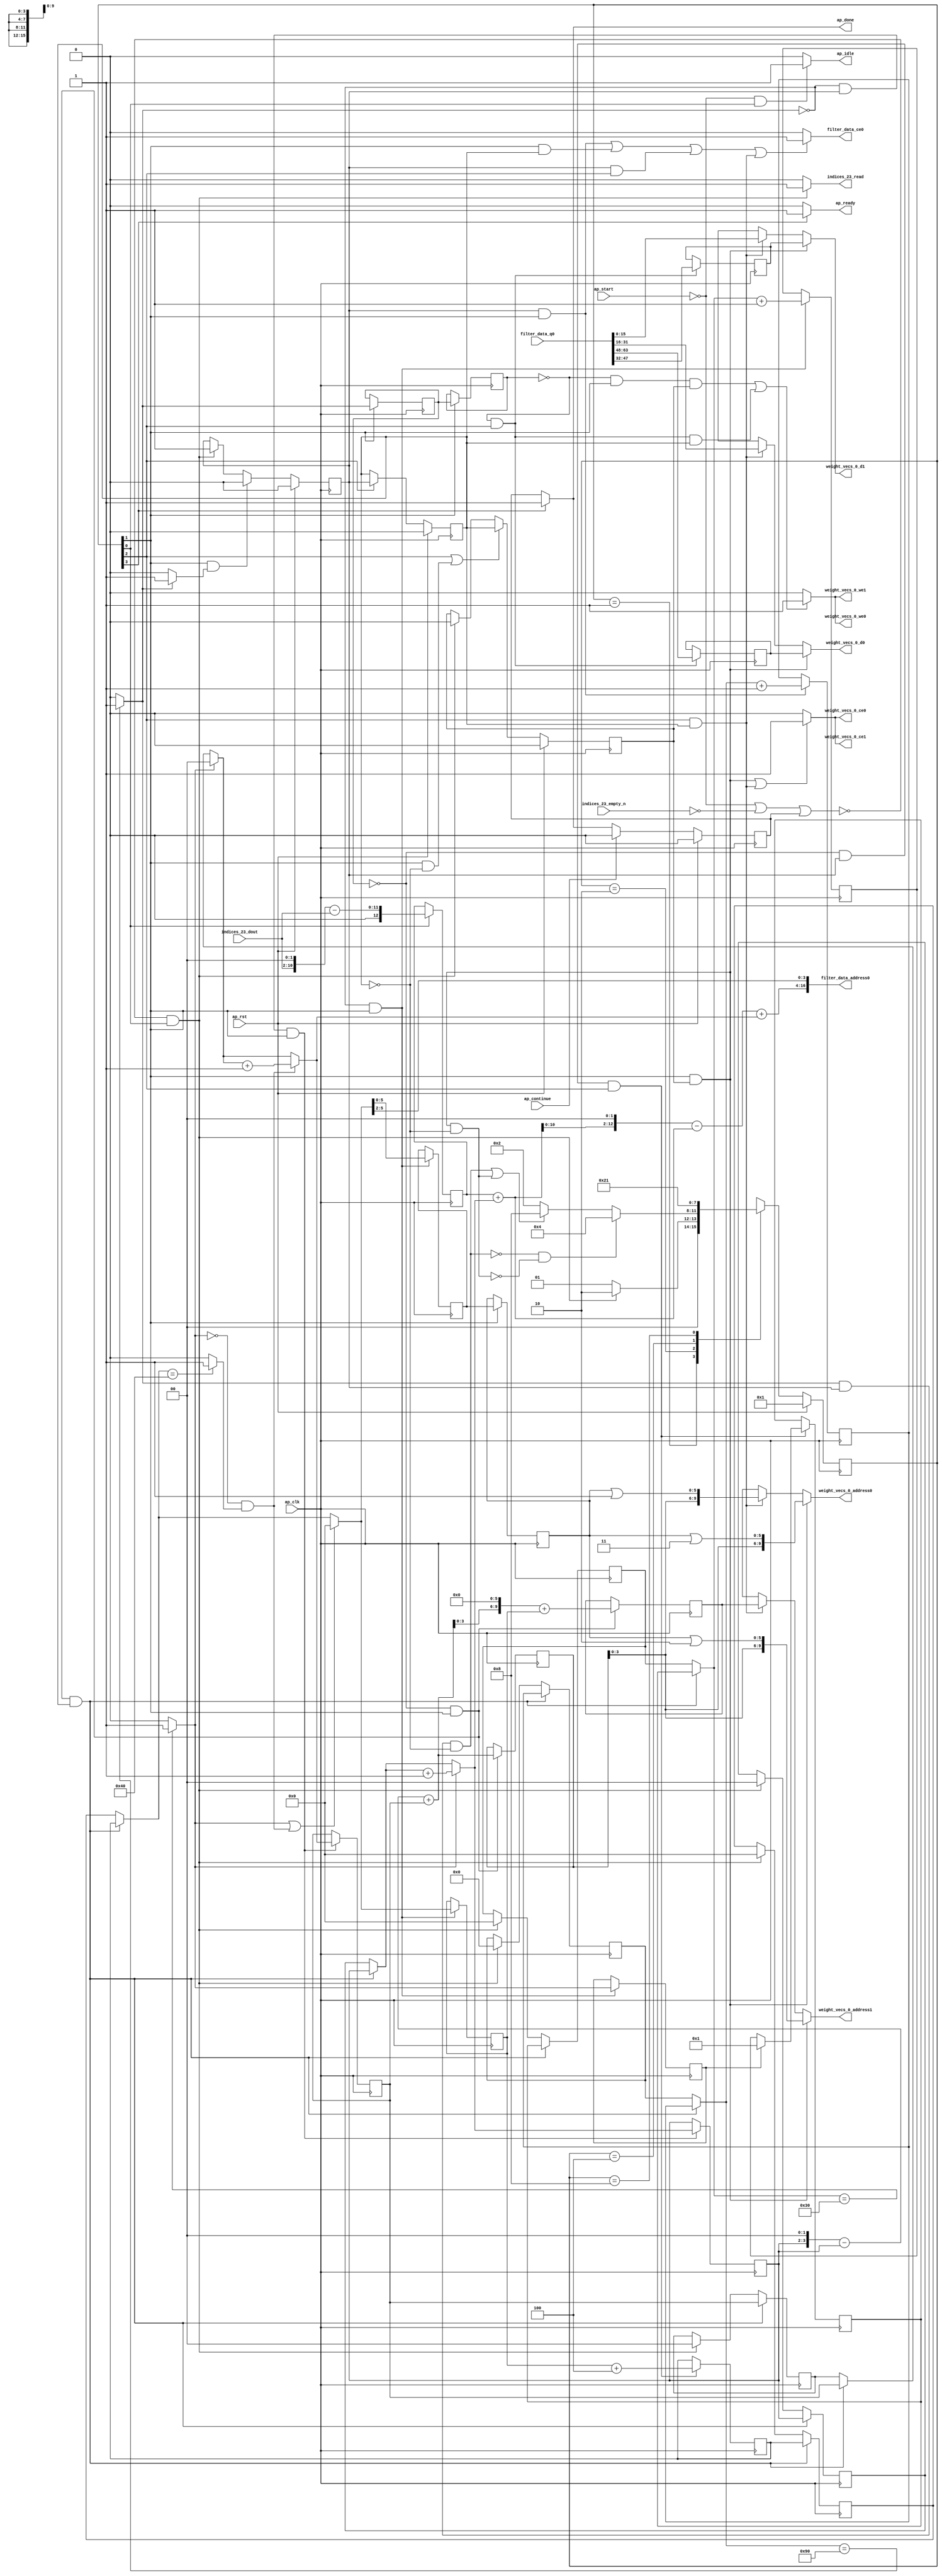
`define EXPONENT 5
`define MANTISSA 10
`define ACTUAL_MANTISSA 11
`define EXPONENT_LSB 10
`define EXPONENT_MSB 14
`define MANTISSA_LSB 0
`define MANTISSA_MSB 9
`define MANTISSA_MUL_SPLIT_LSB 3
`define MANTISSA_MUL_SPLIT_MSB 9
`define SIGN 1
`define SIGN_LOC 15
`define DWIDTH (`SIGN+`EXPONENT+`MANTISSA)
`define IEEE_COMPLIANCE 1

module td_fused_top_tdf11_readFilters74 (
        ap_clk,
        ap_rst,
        ap_start,
        ap_done,
        ap_continue,
        ap_idle,
        ap_ready,
        filter_data_address0,
        filter_data_ce0,
        filter_data_q0,
        indices_23_dout,
        indices_23_empty_n,
        indices_23_read,
        weight_vecs_0_address0,
        weight_vecs_0_ce0,
        weight_vecs_0_we0,
        weight_vecs_0_d0,
        weight_vecs_0_address1,
        weight_vecs_0_ce1,
        weight_vecs_0_we1,
        weight_vecs_0_d1
);

parameter    ap_ST_fsm_state1 = 4'd1;
parameter    ap_ST_fsm_pp0_stage0 = 4'd2;
parameter    ap_ST_fsm_pp0_stage1 = 4'd4;
parameter    ap_ST_fsm_state7 = 4'd8;

input   ap_clk;
input   ap_rst;
input   ap_start;
output   ap_done;
input   ap_continue;
output   ap_idle;
output   ap_ready;
output  [16:0] filter_data_address0;
output   filter_data_ce0;
input  [63:0] filter_data_q0;
input  [8:0] indices_23_dout;
input   indices_23_empty_n;
output   indices_23_read;
output  [9:0] weight_vecs_0_address0;
output   weight_vecs_0_ce0;
output   weight_vecs_0_we0;
output  [15:0] weight_vecs_0_d0;
output  [9:0] weight_vecs_0_address1;
output   weight_vecs_0_ce1;
output   weight_vecs_0_we1;
output  [15:0] weight_vecs_0_d1;

reg ap_done;
reg ap_idle;
reg ap_ready;
reg filter_data_ce0;
reg indices_23_read;
reg[9:0] weight_vecs_0_address0;
reg weight_vecs_0_ce0;
reg weight_vecs_0_we0;
reg[15:0] weight_vecs_0_d0;
reg[9:0] weight_vecs_0_address1;
reg weight_vecs_0_ce1;
reg weight_vecs_0_we1;
reg[15:0] weight_vecs_0_d1;

reg    ap_done_reg;
  reg   [3:0] ap_CS_fsm;
wire    ap_CS_fsm_state1;
reg    indices_23_blk_n;
reg   [7:0] indvar_flatten13_reg_174;
reg   [1:0] ii_reg_185;
reg   [6:0] indvar_flatten_reg_196;
reg   [1:0] jj_reg_207;
reg   [6:0] kk_0_i_i_reg_218;
wire   [12:0] sext_ln47_fu_251_p1;
reg   [12:0] sext_ln47_reg_583;
wire   [7:0] add_ln47_7_fu_255_p2;
reg   [7:0] add_ln47_7_reg_588;
wire    ap_CS_fsm_pp0_stage0;
reg    ap_enable_reg_pp0_iter0;
wire    ap_block_state2_pp0_stage0_iter0;
wire    ap_block_state4_pp0_stage0_iter1;
wire    ap_block_state6_pp0_stage0_iter2;
wire    ap_block_pp0_stage0_11001;
wire   [0:0] icmp_ln47_fu_261_p2;
reg   [0:0] icmp_ln47_reg_593;
reg   [0:0] icmp_ln47_reg_593_pp0_iter1_reg;
wire   [0:0] icmp_ln48_fu_273_p2;
reg   [0:0] icmp_ln48_reg_597;
wire   [1:0] select_ln47_7_fu_287_p3;
reg   [1:0] select_ln47_7_reg_602;
wire   [6:0] select_ln48_fu_356_p3;
reg   [6:0] select_ln48_reg_609;
wire   [1:0] select_ln48_13_fu_364_p3;
reg   [1:0] select_ln48_13_reg_615;
wire   [5:0] empty_138_fu_382_p1;
reg   [5:0] empty_138_reg_621;
reg   [5:0] empty_138_reg_621_pp0_iter1_reg;
wire   [6:0] add_ln48_7_fu_405_p2;
reg   [6:0] add_ln48_7_reg_633;
wire   [6:0] add_ln49_fu_411_p2;
reg   [6:0] add_ln49_reg_638;
wire    ap_CS_fsm_pp0_stage1;
wire    ap_block_state3_pp0_stage1_iter0;
wire    ap_block_state5_pp0_stage1_iter1;
wire    ap_block_pp0_stage1_11001;
wire   [6:0] select_ln48_14_fu_416_p3;
reg   [6:0] select_ln48_14_reg_643;
wire   [5:0] add_ln55_26_fu_449_p2;
reg   [5:0] add_ln55_26_reg_648;
wire   [9:0] add_ln55_27_fu_470_p2;
reg   [9:0] add_ln55_27_reg_655;
reg   [15:0] tmp_88_i_i_reg_660;
reg   [15:0] tmp_89_i_i_reg_665;
reg    ap_block_state1;
wire    ap_block_pp0_stage0_subdone;
reg    ap_condition_pp0_exit_iter0_state2;
reg    ap_enable_reg_pp0_iter1;
wire    ap_block_pp0_stage1_subdone;
reg    ap_enable_reg_pp0_iter2;
reg   [7:0] ap_phi_mux_indvar_flatten13_phi_fu_178_p4;
wire    ap_block_pp0_stage0;
reg   [1:0] ap_phi_mux_ii_phi_fu_189_p4;
reg   [6:0] ap_phi_mux_indvar_flatten_phi_fu_200_p4;
reg   [1:0] ap_phi_mux_jj_phi_fu_211_p4;
reg   [6:0] ap_phi_mux_kk_0_i_i_phi_fu_222_p4;
wire   [63:0] tmp_17_fu_396_p3;
wire   [63:0] zext_ln55_67_fu_476_p1;
wire    ap_block_pp0_stage1;
wire   [63:0] sext_ln55_3_fu_501_p1;
wire   [63:0] sext_ln55_4_fu_553_p1;
wire   [63:0] sext_ln55_5_fu_574_p1;
wire   [15:0] bitcast_ln55_fu_484_p1;
wire   [15:0] bitcast_ln55_1_fu_516_p1;
wire   [15:0] bitcast_ln55_2_fu_558_p1;
wire   [15:0] bitcast_ln55_3_fu_579_p1;
wire   [10:0] tmp_fu_233_p3;
wire   [11:0] zext_ln55_60_fu_241_p1;
wire   [11:0] zext_ln55_fu_229_p1;
wire   [11:0] sub_ln55_fu_245_p2;
wire   [1:0] add_ln47_fu_267_p2;
wire   [12:0] zext_ln55_62_fu_295_p1;
wire   [12:0] add_ln55_fu_299_p2;
wire   [14:0] tmp_56_fu_308_p3;
wire   [59:0] sext_ln55_2_fu_316_p1;
wire   [59:0] sext_ln55_fu_304_p1;
wire   [0:0] icmp_ln49_fu_332_p2;
wire   [0:0] xor_ln47_fu_326_p2;
wire   [1:0] select_ln47_fu_279_p3;
wire   [0:0] and_ln47_fu_338_p2;
wire   [0:0] or_ln48_fu_350_p2;
wire   [1:0] add_ln48_fu_344_p2;
wire   [59:0] sub_ln55_15_fu_320_p2;
wire   [59:0] zext_ln55_65_fu_372_p1;
wire   [59:0] add_ln55_25_fu_376_p2;
wire   [3:0] lshr_ln_fu_386_p4;
wire   [3:0] tmp_s_fu_425_p3;
wire   [4:0] zext_ln55_63_fu_432_p1;
wire   [4:0] zext_ln55_61_fu_422_p1;
wire   [4:0] sub_ln55_16_fu_436_p2;
wire   [5:0] sext_ln48_fu_442_p1;
wire   [5:0] zext_ln55_64_fu_446_p1;
wire   [3:0] trunc_ln55_fu_455_p1;
wire   [9:0] tmp_166_cast_fu_459_p3;
wire   [9:0] zext_ln55_66_fu_467_p1;
wire   [15:0] trunc_ln55_4_fu_480_p1;
wire   [5:0] or_ln49_fu_489_p2;
wire   [11:0] tmp_57_fu_494_p3;
wire   [15:0] tmp_87_i_i_fu_506_p4;
wire   [5:0] or_ln49_1_fu_541_p2;
wire   [11:0] tmp_58_fu_546_p3;
wire   [5:0] or_ln49_2_fu_562_p2;
wire   [11:0] tmp_59_fu_567_p3;
wire    ap_CS_fsm_state7;
reg   [3:0] ap_NS_fsm;
reg    ap_idle_pp0;
wire    ap_enable_pp0;
wire    ap_ce_reg;

// power-on initialization
initial begin
#0 ap_done_reg = 1'b0;
#0 ap_CS_fsm = 4'd1;
#0 ap_enable_reg_pp0_iter0 = 1'b0;
#0 ap_enable_reg_pp0_iter1 = 1'b0;
#0 ap_enable_reg_pp0_iter2 = 1'b0;
end

always @ (posedge ap_clk) begin
    if (ap_rst == 1'b1) begin
        ap_CS_fsm <= ap_ST_fsm_state1;
    end else begin
        ap_CS_fsm <= ap_NS_fsm;
    end
end

always @ (posedge ap_clk) begin
    if (ap_rst == 1'b1) begin
        ap_done_reg <= 1'b0;
    end else begin
        if ((ap_continue == 1'b1)) begin
            ap_done_reg <= 1'b0;
        end else if ((1'b1 == ap_CS_fsm_state7)) begin
            ap_done_reg <= 1'b1;
        end
    end
end

always @ (posedge ap_clk) begin
    if (ap_rst == 1'b1) begin
        ap_enable_reg_pp0_iter0 <= 1'b0;
    end else begin
        if (((1'b0 == ap_block_pp0_stage0_subdone) & (1'b1 == ap_CS_fsm_pp0_stage0) & (1'b1 == ap_condition_pp0_exit_iter0_state2))) begin
            ap_enable_reg_pp0_iter0 <= 1'b0;
        end else if ((~((ap_start == 1'b0) | (indices_23_empty_n == 1'b0) | (ap_done_reg == 1'b1)) & (1'b1 == ap_CS_fsm_state1))) begin
            ap_enable_reg_pp0_iter0 <= 1'b1;
        end
    end
end

always @ (posedge ap_clk) begin
    if (ap_rst == 1'b1) begin
        ap_enable_reg_pp0_iter1 <= 1'b0;
    end else begin
        if (((1'b0 == ap_block_pp0_stage1_subdone) & (1'b1 == ap_CS_fsm_pp0_stage1))) begin
            ap_enable_reg_pp0_iter1 <= ap_enable_reg_pp0_iter0;
        end
    end
end

always @ (posedge ap_clk) begin
    if (ap_rst == 1'b1) begin
        ap_enable_reg_pp0_iter2 <= 1'b0;
    end else begin
        if ((((1'b0 == ap_block_pp0_stage1_subdone) & (1'b1 == ap_CS_fsm_pp0_stage1)) | ((1'b0 == ap_block_pp0_stage0_subdone) & (1'b1 == ap_CS_fsm_pp0_stage0) & (ap_enable_reg_pp0_iter1 == 1'b0)))) begin
            ap_enable_reg_pp0_iter2 <= ap_enable_reg_pp0_iter1;
        end else if ((~((ap_start == 1'b0) | (indices_23_empty_n == 1'b0) | (ap_done_reg == 1'b1)) & (1'b1 == ap_CS_fsm_state1))) begin
            ap_enable_reg_pp0_iter2 <= 1'b0;
        end
    end
end

always @ (posedge ap_clk) begin
    if (((icmp_ln47_reg_593 == 1'd0) & (1'b0 == ap_block_pp0_stage0_11001) & (1'b1 == ap_CS_fsm_pp0_stage0) & (ap_enable_reg_pp0_iter1 == 1'b1))) begin
        ii_reg_185 <= select_ln47_7_reg_602;
    end else if ((~((ap_start == 1'b0) | (indices_23_empty_n == 1'b0) | (ap_done_reg == 1'b1)) & (1'b1 == ap_CS_fsm_state1))) begin
        ii_reg_185 <= 2'd0;
    end
end

always @ (posedge ap_clk) begin
    if (((icmp_ln47_reg_593 == 1'd0) & (1'b0 == ap_block_pp0_stage0_11001) & (1'b1 == ap_CS_fsm_pp0_stage0) & (ap_enable_reg_pp0_iter1 == 1'b1))) begin
        indvar_flatten13_reg_174 <= add_ln47_7_reg_588;
    end else if ((~((ap_start == 1'b0) | (indices_23_empty_n == 1'b0) | (ap_done_reg == 1'b1)) & (1'b1 == ap_CS_fsm_state1))) begin
        indvar_flatten13_reg_174 <= 8'd0;
    end
end

always @ (posedge ap_clk) begin
    if (((icmp_ln47_reg_593 == 1'd0) & (1'b0 == ap_block_pp0_stage0_11001) & (1'b1 == ap_CS_fsm_pp0_stage0) & (ap_enable_reg_pp0_iter1 == 1'b1))) begin
        indvar_flatten_reg_196 <= select_ln48_14_reg_643;
    end else if ((~((ap_start == 1'b0) | (indices_23_empty_n == 1'b0) | (ap_done_reg == 1'b1)) & (1'b1 == ap_CS_fsm_state1))) begin
        indvar_flatten_reg_196 <= 7'd0;
    end
end

always @ (posedge ap_clk) begin
    if (((icmp_ln47_reg_593 == 1'd0) & (1'b0 == ap_block_pp0_stage0_11001) & (1'b1 == ap_CS_fsm_pp0_stage0) & (ap_enable_reg_pp0_iter1 == 1'b1))) begin
        jj_reg_207 <= select_ln48_13_reg_615;
    end else if ((~((ap_start == 1'b0) | (indices_23_empty_n == 1'b0) | (ap_done_reg == 1'b1)) & (1'b1 == ap_CS_fsm_state1))) begin
        jj_reg_207 <= 2'd0;
    end
end

always @ (posedge ap_clk) begin
    if (((icmp_ln47_reg_593 == 1'd0) & (1'b0 == ap_block_pp0_stage0_11001) & (1'b1 == ap_CS_fsm_pp0_stage0) & (ap_enable_reg_pp0_iter1 == 1'b1))) begin
        kk_0_i_i_reg_218 <= add_ln49_reg_638;
    end else if ((~((ap_start == 1'b0) | (indices_23_empty_n == 1'b0) | (ap_done_reg == 1'b1)) & (1'b1 == ap_CS_fsm_state1))) begin
        kk_0_i_i_reg_218 <= 7'd0;
    end
end

always @ (posedge ap_clk) begin
    if (((1'b0 == ap_block_pp0_stage0_11001) & (ap_enable_reg_pp0_iter0 == 1'b1) & (1'b1 == ap_CS_fsm_pp0_stage0))) begin
        add_ln47_7_reg_588 <= add_ln47_7_fu_255_p2;
    end
end

always @ (posedge ap_clk) begin
    if (((icmp_ln47_fu_261_p2 == 1'd0) & (1'b0 == ap_block_pp0_stage0_11001) & (1'b1 == ap_CS_fsm_pp0_stage0))) begin
        add_ln48_7_reg_633 <= add_ln48_7_fu_405_p2;
        empty_138_reg_621 <= empty_138_fu_382_p1;
        icmp_ln48_reg_597 <= icmp_ln48_fu_273_p2;
        select_ln48_reg_609 <= select_ln48_fu_356_p3;
    end
end

always @ (posedge ap_clk) begin
    if (((icmp_ln47_reg_593 == 1'd0) & (1'b0 == ap_block_pp0_stage1_11001) & (ap_enable_reg_pp0_iter0 == 1'b1) & (1'b1 == ap_CS_fsm_pp0_stage1))) begin
        add_ln49_reg_638 <= add_ln49_fu_411_p2;
        select_ln48_14_reg_643 <= select_ln48_14_fu_416_p3;
    end
end

always @ (posedge ap_clk) begin
    if (((icmp_ln47_reg_593 == 1'd0) & (1'b0 == ap_block_pp0_stage0_11001) & (1'b1 == ap_CS_fsm_pp0_stage0))) begin
        add_ln55_26_reg_648 <= add_ln55_26_fu_449_p2;
        add_ln55_27_reg_655 <= add_ln55_27_fu_470_p2;
    end
end

always @ (posedge ap_clk) begin
    if (((1'b0 == ap_block_pp0_stage0_11001) & (1'b1 == ap_CS_fsm_pp0_stage0))) begin
        empty_138_reg_621_pp0_iter1_reg <= empty_138_reg_621;
        icmp_ln47_reg_593 <= icmp_ln47_fu_261_p2;
        icmp_ln47_reg_593_pp0_iter1_reg <= icmp_ln47_reg_593;
    end
end

always @ (posedge ap_clk) begin
    if (((icmp_ln47_fu_261_p2 == 1'd0) & (1'b0 == ap_block_pp0_stage0_11001) & (ap_enable_reg_pp0_iter0 == 1'b1) & (1'b1 == ap_CS_fsm_pp0_stage0))) begin
        select_ln47_7_reg_602 <= select_ln47_7_fu_287_p3;
        select_ln48_13_reg_615 <= select_ln48_13_fu_364_p3;
    end
end

always @ (posedge ap_clk) begin
    if ((1'b1 == ap_CS_fsm_state1)) begin
        sext_ln47_reg_583 <= sext_ln47_fu_251_p1;
    end
end

always @ (posedge ap_clk) begin
    if (((icmp_ln47_reg_593_pp0_iter1_reg == 1'd0) & (1'b0 == ap_block_pp0_stage1_11001) & (1'b1 == ap_CS_fsm_pp0_stage1))) begin
        tmp_88_i_i_reg_660 <= {{filter_data_q0[47:32]}};
        tmp_89_i_i_reg_665 <= {{filter_data_q0[63:48]}};
    end
end

always @ (*) begin
    if ((icmp_ln47_fu_261_p2 == 1'd1)) begin
        ap_condition_pp0_exit_iter0_state2 = 1'b1;
    end else begin
        ap_condition_pp0_exit_iter0_state2 = 1'b0;
    end
end

always @ (*) begin
    if ((1'b1 == ap_CS_fsm_state7)) begin
        ap_done = 1'b1;
    end else begin
        ap_done = ap_done_reg;
    end
end

always @ (*) begin
    if (((ap_start == 1'b0) & (1'b1 == ap_CS_fsm_state1))) begin
        ap_idle = 1'b1;
    end else begin
        ap_idle = 1'b0;
    end
end

always @ (*) begin
    if (((ap_enable_reg_pp0_iter0 == 1'b0) & (ap_enable_reg_pp0_iter2 == 1'b0) & (ap_enable_reg_pp0_iter1 == 1'b0))) begin
        ap_idle_pp0 = 1'b1;
    end else begin
        ap_idle_pp0 = 1'b0;
    end
end

always @ (*) begin
    if (((icmp_ln47_reg_593 == 1'd0) & (1'b0 == ap_block_pp0_stage0) & (1'b1 == ap_CS_fsm_pp0_stage0) & (ap_enable_reg_pp0_iter1 == 1'b1))) begin
        ap_phi_mux_ii_phi_fu_189_p4 = select_ln47_7_reg_602;
    end else begin
        ap_phi_mux_ii_phi_fu_189_p4 = ii_reg_185;
    end
end

always @ (*) begin
    if (((icmp_ln47_reg_593 == 1'd0) & (1'b0 == ap_block_pp0_stage0) & (1'b1 == ap_CS_fsm_pp0_stage0) & (ap_enable_reg_pp0_iter1 == 1'b1))) begin
        ap_phi_mux_indvar_flatten13_phi_fu_178_p4 = add_ln47_7_reg_588;
    end else begin
        ap_phi_mux_indvar_flatten13_phi_fu_178_p4 = indvar_flatten13_reg_174;
    end
end

always @ (*) begin
    if (((icmp_ln47_reg_593 == 1'd0) & (1'b0 == ap_block_pp0_stage0) & (1'b1 == ap_CS_fsm_pp0_stage0) & (ap_enable_reg_pp0_iter1 == 1'b1))) begin
        ap_phi_mux_indvar_flatten_phi_fu_200_p4 = select_ln48_14_reg_643;
    end else begin
        ap_phi_mux_indvar_flatten_phi_fu_200_p4 = indvar_flatten_reg_196;
    end
end

always @ (*) begin
    if (((icmp_ln47_reg_593 == 1'd0) & (1'b0 == ap_block_pp0_stage0) & (1'b1 == ap_CS_fsm_pp0_stage0) & (ap_enable_reg_pp0_iter1 == 1'b1))) begin
        ap_phi_mux_jj_phi_fu_211_p4 = select_ln48_13_reg_615;
    end else begin
        ap_phi_mux_jj_phi_fu_211_p4 = jj_reg_207;
    end
end

always @ (*) begin
    if (((icmp_ln47_reg_593 == 1'd0) & (1'b0 == ap_block_pp0_stage0) & (1'b1 == ap_CS_fsm_pp0_stage0) & (ap_enable_reg_pp0_iter1 == 1'b1))) begin
        ap_phi_mux_kk_0_i_i_phi_fu_222_p4 = add_ln49_reg_638;
    end else begin
        ap_phi_mux_kk_0_i_i_phi_fu_222_p4 = kk_0_i_i_reg_218;
    end
end

always @ (*) begin
    if ((1'b1 == ap_CS_fsm_state7)) begin
        ap_ready = 1'b1;
    end else begin
        ap_ready = 1'b0;
    end
end

always @ (*) begin
    if ((((1'b0 == ap_block_pp0_stage0_11001) & (ap_enable_reg_pp0_iter0 == 1'b1) & (1'b1 == ap_CS_fsm_pp0_stage0)) | ((1'b0 == ap_block_pp0_stage0_11001) & (1'b1 == ap_CS_fsm_pp0_stage0) & (ap_enable_reg_pp0_iter1 == 1'b1)) | ((1'b0 == ap_block_pp0_stage1_11001) & (ap_enable_reg_pp0_iter0 == 1'b1) & (1'b1 == ap_CS_fsm_pp0_stage1)) | ((1'b0 == ap_block_pp0_stage1_11001) & (1'b1 == ap_CS_fsm_pp0_stage1) & (ap_enable_reg_pp0_iter1 == 1'b1)))) begin
        filter_data_ce0 = 1'b1;
    end else begin
        filter_data_ce0 = 1'b0;
    end
end

always @ (*) begin
    if ((~((ap_start == 1'b0) | (ap_done_reg == 1'b1)) & (1'b1 == ap_CS_fsm_state1))) begin
        indices_23_blk_n = indices_23_empty_n;
    end else begin
        indices_23_blk_n = 1'b1;
    end
end

always @ (*) begin
    if ((~((ap_start == 1'b0) | (indices_23_empty_n == 1'b0) | (ap_done_reg == 1'b1)) & (1'b1 == ap_CS_fsm_state1))) begin
        indices_23_read = 1'b1;
    end else begin
        indices_23_read = 1'b0;
    end
end

always @ (*) begin
    if (((1'b0 == ap_block_pp0_stage0) & (1'b1 == ap_CS_fsm_pp0_stage0) & (ap_enable_reg_pp0_iter2 == 1'b1))) begin
        weight_vecs_0_address0 = sext_ln55_5_fu_574_p1;
    end else if (((1'b0 == ap_block_pp0_stage1) & (1'b1 == ap_CS_fsm_pp0_stage1) & (ap_enable_reg_pp0_iter1 == 1'b1))) begin
        weight_vecs_0_address0 = sext_ln55_3_fu_501_p1;
    end else begin
        weight_vecs_0_address0 = 'bx;
    end
end

always @ (*) begin
    if (((1'b0 == ap_block_pp0_stage0) & (1'b1 == ap_CS_fsm_pp0_stage0) & (ap_enable_reg_pp0_iter2 == 1'b1))) begin
        weight_vecs_0_address1 = sext_ln55_4_fu_553_p1;
    end else if (((1'b0 == ap_block_pp0_stage1) & (1'b1 == ap_CS_fsm_pp0_stage1) & (ap_enable_reg_pp0_iter1 == 1'b1))) begin
        weight_vecs_0_address1 = zext_ln55_67_fu_476_p1;
    end else begin
        weight_vecs_0_address1 = 'bx;
    end
end

always @ (*) begin
    if ((((1'b0 == ap_block_pp0_stage0_11001) & (1'b1 == ap_CS_fsm_pp0_stage0) & (ap_enable_reg_pp0_iter2 == 1'b1)) | ((1'b0 == ap_block_pp0_stage1_11001) & (1'b1 == ap_CS_fsm_pp0_stage1) & (ap_enable_reg_pp0_iter1 == 1'b1)))) begin
        weight_vecs_0_ce0 = 1'b1;
    end else begin
        weight_vecs_0_ce0 = 1'b0;
    end
end

always @ (*) begin
    if ((((1'b0 == ap_block_pp0_stage0_11001) & (1'b1 == ap_CS_fsm_pp0_stage0) & (ap_enable_reg_pp0_iter2 == 1'b1)) | ((1'b0 == ap_block_pp0_stage1_11001) & (1'b1 == ap_CS_fsm_pp0_stage1) & (ap_enable_reg_pp0_iter1 == 1'b1)))) begin
        weight_vecs_0_ce1 = 1'b1;
    end else begin
        weight_vecs_0_ce1 = 1'b0;
    end
end

always @ (*) begin
    if (((1'b0 == ap_block_pp0_stage0) & (1'b1 == ap_CS_fsm_pp0_stage0) & (ap_enable_reg_pp0_iter2 == 1'b1))) begin
        weight_vecs_0_d0 = bitcast_ln55_3_fu_579_p1;
    end else if (((1'b0 == ap_block_pp0_stage1) & (1'b1 == ap_CS_fsm_pp0_stage1) & (ap_enable_reg_pp0_iter1 == 1'b1))) begin
        weight_vecs_0_d0 = bitcast_ln55_1_fu_516_p1;
    end else begin
        weight_vecs_0_d0 = 'bx;
    end
end

always @ (*) begin
    if (((1'b0 == ap_block_pp0_stage0) & (1'b1 == ap_CS_fsm_pp0_stage0) & (ap_enable_reg_pp0_iter2 == 1'b1))) begin
        weight_vecs_0_d1 = bitcast_ln55_2_fu_558_p1;
    end else if (((1'b0 == ap_block_pp0_stage1) & (1'b1 == ap_CS_fsm_pp0_stage1) & (ap_enable_reg_pp0_iter1 == 1'b1))) begin
        weight_vecs_0_d1 = bitcast_ln55_fu_484_p1;
    end else begin
        weight_vecs_0_d1 = 'bx;
    end
end

always @ (*) begin
    if ((((icmp_ln47_reg_593_pp0_iter1_reg == 1'd0) & (1'b0 == ap_block_pp0_stage0_11001) & (1'b1 == ap_CS_fsm_pp0_stage0) & (ap_enable_reg_pp0_iter2 == 1'b1)) | ((icmp_ln47_reg_593_pp0_iter1_reg == 1'd0) & (1'b0 == ap_block_pp0_stage1_11001) & (1'b1 == ap_CS_fsm_pp0_stage1) & (ap_enable_reg_pp0_iter1 == 1'b1)))) begin
        weight_vecs_0_we0 = 1'b1;
    end else begin
        weight_vecs_0_we0 = 1'b0;
    end
end

always @ (*) begin
    if ((((icmp_ln47_reg_593_pp0_iter1_reg == 1'd0) & (1'b0 == ap_block_pp0_stage0_11001) & (1'b1 == ap_CS_fsm_pp0_stage0) & (ap_enable_reg_pp0_iter2 == 1'b1)) | ((icmp_ln47_reg_593_pp0_iter1_reg == 1'd0) & (1'b0 == ap_block_pp0_stage1_11001) & (1'b1 == ap_CS_fsm_pp0_stage1) & (ap_enable_reg_pp0_iter1 == 1'b1)))) begin
        weight_vecs_0_we1 = 1'b1;
    end else begin
        weight_vecs_0_we1 = 1'b0;
    end
end

always @ (*) begin
    case (ap_CS_fsm)
        ap_ST_fsm_state1 : begin
            if ((~((ap_start == 1'b0) | (indices_23_empty_n == 1'b0) | (ap_done_reg == 1'b1)) & (1'b1 == ap_CS_fsm_state1))) begin
                ap_NS_fsm = ap_ST_fsm_pp0_stage0;
            end else begin
                ap_NS_fsm = ap_ST_fsm_state1;
            end
        end
        ap_ST_fsm_pp0_stage0 : begin
            if ((~((icmp_ln47_fu_261_p2 == 1'd1) & (1'b0 == ap_block_pp0_stage0_subdone) & (ap_enable_reg_pp0_iter0 == 1'b1) & (ap_enable_reg_pp0_iter1 == 1'b0)) & ~((1'b0 == ap_block_pp0_stage0_subdone) & (1'b1 == ap_CS_fsm_pp0_stage0) & (ap_enable_reg_pp0_iter2 == 1'b1) & (ap_enable_reg_pp0_iter1 == 1'b0)) & (1'b0 == ap_block_pp0_stage0_subdone))) begin
                ap_NS_fsm = ap_ST_fsm_pp0_stage1;
            end else if ((((icmp_ln47_fu_261_p2 == 1'd1) & (1'b0 == ap_block_pp0_stage0_subdone) & (ap_enable_reg_pp0_iter0 == 1'b1) & (ap_enable_reg_pp0_iter1 == 1'b0)) | ((1'b0 == ap_block_pp0_stage0_subdone) & (1'b1 == ap_CS_fsm_pp0_stage0) & (ap_enable_reg_pp0_iter2 == 1'b1) & (ap_enable_reg_pp0_iter1 == 1'b0)))) begin
                ap_NS_fsm = ap_ST_fsm_state7;
            end else begin
                ap_NS_fsm = ap_ST_fsm_pp0_stage0;
            end
        end
        ap_ST_fsm_pp0_stage1 : begin
            if ((1'b0 == ap_block_pp0_stage1_subdone)) begin
                ap_NS_fsm = ap_ST_fsm_pp0_stage0;
            end else begin
                ap_NS_fsm = ap_ST_fsm_pp0_stage1;
            end
        end
        ap_ST_fsm_state7 : begin
            ap_NS_fsm = ap_ST_fsm_state1;
        end
        default : begin
            ap_NS_fsm = 'bx;
        end
    endcase
end

assign add_ln47_7_fu_255_p2 = (ap_phi_mux_indvar_flatten13_phi_fu_178_p4 + 8'd1);

assign add_ln47_fu_267_p2 = (ap_phi_mux_ii_phi_fu_189_p4 + 2'd1);

assign add_ln48_7_fu_405_p2 = (ap_phi_mux_indvar_flatten_phi_fu_200_p4 + 7'd1);

assign add_ln48_fu_344_p2 = (select_ln47_fu_279_p3 + 2'd1);

assign add_ln49_fu_411_p2 = (select_ln48_reg_609 + 7'd4);

assign add_ln55_25_fu_376_p2 = (sub_ln55_15_fu_320_p2 + zext_ln55_65_fu_372_p1);

assign add_ln55_26_fu_449_p2 = ((sext_ln48_fu_442_p1) + (zext_ln55_64_fu_446_p1));

assign add_ln55_27_fu_470_p2 = (tmp_166_cast_fu_459_p3 + zext_ln55_66_fu_467_p1);

assign add_ln55_fu_299_p2 = ((sext_ln47_reg_583) + (zext_ln55_62_fu_295_p1));

assign and_ln47_fu_338_p2 = (xor_ln47_fu_326_p2 & icmp_ln49_fu_332_p2);

assign ap_CS_fsm_pp0_stage0 = ap_CS_fsm[32'd1];

assign ap_CS_fsm_pp0_stage1 = ap_CS_fsm[32'd2];

assign ap_CS_fsm_state1 = ap_CS_fsm[32'd0];

assign ap_CS_fsm_state7 = ap_CS_fsm[32'd3];

assign ap_block_pp0_stage0 = ~(1'b1 == 1'b1);

assign ap_block_pp0_stage0_11001 = ~(1'b1 == 1'b1);

assign ap_block_pp0_stage0_subdone = ~(1'b1 == 1'b1);

assign ap_block_pp0_stage1 = ~(1'b1 == 1'b1);

assign ap_block_pp0_stage1_11001 = ~(1'b1 == 1'b1);

assign ap_block_pp0_stage1_subdone = ~(1'b1 == 1'b1);

always @ (*) begin
    ap_block_state1 = ((ap_start == 1'b0) | (indices_23_empty_n == 1'b0) | (ap_done_reg == 1'b1));
end

assign ap_block_state2_pp0_stage0_iter0 = ~(1'b1 == 1'b1);

assign ap_block_state3_pp0_stage1_iter0 = ~(1'b1 == 1'b1);

assign ap_block_state4_pp0_stage0_iter1 = ~(1'b1 == 1'b1);

assign ap_block_state5_pp0_stage1_iter1 = ~(1'b1 == 1'b1);

assign ap_block_state6_pp0_stage0_iter2 = ~(1'b1 == 1'b1);

assign ap_enable_pp0 = (ap_idle_pp0 ^ 1'b1);

assign bitcast_ln55_1_fu_516_p1 = tmp_87_i_i_fu_506_p4;

assign bitcast_ln55_2_fu_558_p1 = tmp_88_i_i_reg_660;

assign bitcast_ln55_3_fu_579_p1 = tmp_89_i_i_reg_665;

assign bitcast_ln55_fu_484_p1 = trunc_ln55_4_fu_480_p1;

assign empty_138_fu_382_p1 = select_ln48_fu_356_p3[5:0];

assign filter_data_address0 = tmp_17_fu_396_p3;

assign icmp_ln47_fu_261_p2 = ((ap_phi_mux_indvar_flatten13_phi_fu_178_p4 == 8'd144) ? 1'b1 : 1'b0);

assign icmp_ln48_fu_273_p2 = ((ap_phi_mux_indvar_flatten_phi_fu_200_p4 == 7'd48) ? 1'b1 : 1'b0);

assign icmp_ln49_fu_332_p2 = ((ap_phi_mux_kk_0_i_i_phi_fu_222_p4 == 7'd64) ? 1'b1 : 1'b0);

assign lshr_ln_fu_386_p4 = {{select_ln48_fu_356_p3[5:2]}};

assign or_ln48_fu_350_p2 = (icmp_ln48_fu_273_p2 | and_ln47_fu_338_p2);

assign or_ln49_1_fu_541_p2 = (empty_138_reg_621_pp0_iter1_reg | 6'd2);

assign or_ln49_2_fu_562_p2 = (empty_138_reg_621_pp0_iter1_reg | 6'd3);

assign or_ln49_fu_489_p2 = (empty_138_reg_621_pp0_iter1_reg | 6'd1);

assign select_ln47_7_fu_287_p3 = ((icmp_ln48_fu_273_p2[0:0] == 1'b1) ? add_ln47_fu_267_p2 : ap_phi_mux_ii_phi_fu_189_p4);

assign select_ln47_fu_279_p3 = ((icmp_ln48_fu_273_p2[0:0] == 1'b1) ? 2'd0 : ap_phi_mux_jj_phi_fu_211_p4);

assign select_ln48_13_fu_364_p3 = ((and_ln47_fu_338_p2[0:0] == 1'b1) ? add_ln48_fu_344_p2 : select_ln47_fu_279_p3);

assign select_ln48_14_fu_416_p3 = ((icmp_ln48_reg_597[0:0] == 1'b1) ? 7'd1 : add_ln48_7_reg_633);

assign select_ln48_fu_356_p3 = ((or_ln48_fu_350_p2[0:0] == 1'b1) ? 7'd0 : ap_phi_mux_kk_0_i_i_phi_fu_222_p4);

assign sext_ln47_fu_251_p1 = (sub_ln55_fu_245_p2);

assign sext_ln48_fu_442_p1 = (sub_ln55_16_fu_436_p2);

assign sext_ln55_2_fu_316_p1 = (tmp_56_fu_308_p3);

assign sext_ln55_3_fu_501_p1 = (tmp_57_fu_494_p3);

assign sext_ln55_4_fu_553_p1 = (tmp_58_fu_546_p3);

assign sext_ln55_5_fu_574_p1 = (tmp_59_fu_567_p3);

assign sext_ln55_fu_304_p1 = add_ln55_fu_299_p2;

assign sub_ln55_15_fu_320_p2 = ((sext_ln55_2_fu_316_p1) - (sext_ln55_fu_304_p1));

assign sub_ln55_16_fu_436_p2 = (zext_ln55_63_fu_432_p1 - zext_ln55_61_fu_422_p1);

assign sub_ln55_fu_245_p2 = (zext_ln55_60_fu_241_p1 - zext_ln55_fu_229_p1);

assign tmp_166_cast_fu_459_p3 = {{trunc_ln55_fu_455_p1}, {6'd0}};

assign tmp_17_fu_396_p3 = {{add_ln55_25_fu_376_p2}, {lshr_ln_fu_386_p4}};

assign tmp_56_fu_308_p3 = {{add_ln55_fu_299_p2}, {2'd0}};

assign tmp_57_fu_494_p3 = {{add_ln55_26_reg_648}, {or_ln49_fu_489_p2}};

assign tmp_58_fu_546_p3 = {{add_ln55_26_reg_648}, {or_ln49_1_fu_541_p2}};

assign tmp_59_fu_567_p3 = {{add_ln55_26_reg_648}, {or_ln49_2_fu_562_p2}};

assign tmp_87_i_i_fu_506_p4 = {{filter_data_q0[31:16]}};

assign tmp_fu_233_p3 = {{indices_23_dout}, {2'd0}};

assign tmp_s_fu_425_p3 = {{select_ln47_7_reg_602}, {2'd0}};

assign trunc_ln55_4_fu_480_p1 = filter_data_q0[15:0];

assign trunc_ln55_fu_455_p1 = add_ln55_26_fu_449_p2[3:0];

assign xor_ln47_fu_326_p2 = (icmp_ln48_fu_273_p2 ^ 1'd1);

assign zext_ln55_60_fu_241_p1 = tmp_fu_233_p3;

assign zext_ln55_61_fu_422_p1 = select_ln47_7_reg_602;

assign zext_ln55_62_fu_295_p1 = select_ln47_7_fu_287_p3;

assign zext_ln55_63_fu_432_p1 = tmp_s_fu_425_p3;

assign zext_ln55_64_fu_446_p1 = select_ln48_13_reg_615;

assign zext_ln55_65_fu_372_p1 = select_ln48_13_fu_364_p3;

assign zext_ln55_66_fu_467_p1 = select_ln48_reg_609;

assign zext_ln55_67_fu_476_p1 = add_ln55_27_reg_655;

assign zext_ln55_fu_229_p1 = indices_23_dout;

endmodule //td_fused_top_tdf11_readFilters74